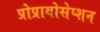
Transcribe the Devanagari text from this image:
प्रोप्रायोसेप्शन